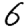
Digit: 6